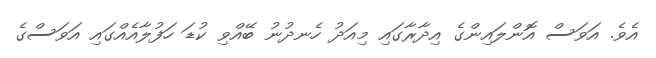
އެވެ. އަވަސް އޮންލައިންގެ އިދާރާގައި މިއަދު ހެނދުނު ބޭއްވި ކުޑަ ހަފުލާއެއްގައި އަވަސްގެ